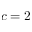
c = 2